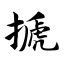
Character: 搋